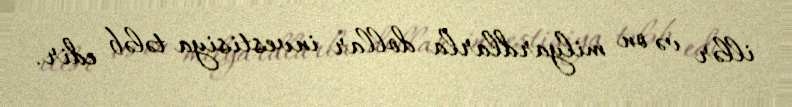
illər və on milyardlarla dollar investisiya tələb edir.